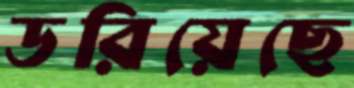
ডরিয়েছে